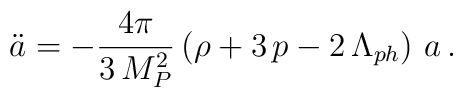
\ddot{a}=-\frac{4\pi }{3\,M_{P}^{2}}\left( \rho +3\,p-2\,\Lambda_{ph}\right) \,a\,.